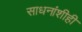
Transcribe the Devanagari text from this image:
साधनांशीही